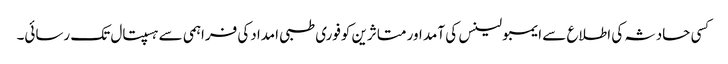
کسی حادثہ کی اطلاع سے ایمبولینس کی آمد اور متاثرین کوفوری طبی امدادکی فراہمی سے ہسپتال تک رسائی۔